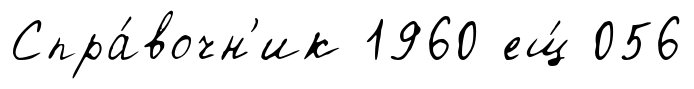
Спра́вочн'ик 1960 ещ́ 056